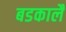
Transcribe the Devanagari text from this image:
बडकालै